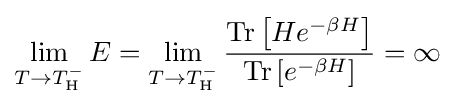
\lim _{T\rightarrow T_{\text{H}}^{-}}E=\lim _{T\rightarrow T_{\text{H}}^{-}}{\frac {\operatorname {Tr} \left[He^{-\beta H}\right]}{\operatorname {Tr} \left[e^{-\beta H}\right]}}=\infty